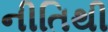
નીતિથી